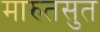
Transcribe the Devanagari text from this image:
मारुतसुत